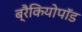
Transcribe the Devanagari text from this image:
ब्रैकियोपॉड